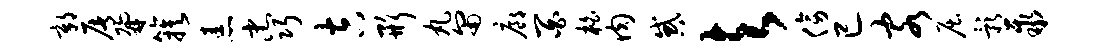
鄣屠鼐簇恚忠巧吉形丸匍廊百柏肉惑与傍已客屈影聚